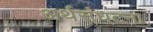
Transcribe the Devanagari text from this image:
अर्थसंघटना